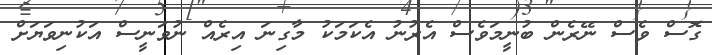
ގޮސް ވެސް ނޭރެން ބުނީމަވެސް އެރުނު އެކަމަކު މާގިނަ އިރެއް ނުވަނީސް އަކުނިވަޔަށް